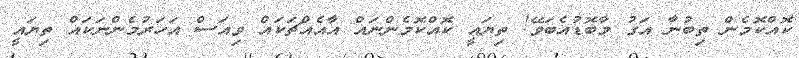
ކޮއްކޮމެން ތިބުނާ އަގު މާބޮޑުއެބަވޭ! ތިޔައީ ކޮއްކޮމެންނައް އާއެއްޗަކައް ވިއަސް އަހަރުމެންނަކައް ތިޔައީ